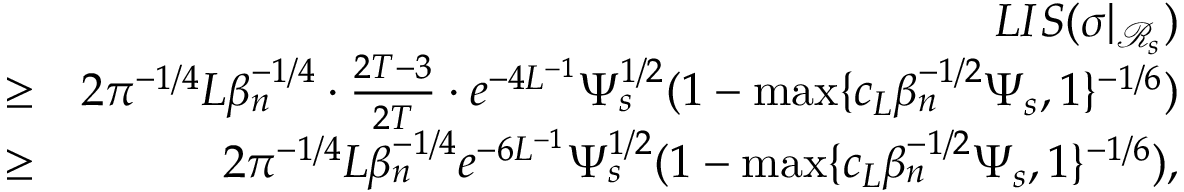
\begin{array} { r l r } & { } & { L I S ( \sigma | _ { \mathcal { R } _ { s } } ) } \\ & { \geq } & { 2 \pi ^ { - 1 \slash 4 } L \beta _ { n } ^ { - 1 \slash 4 } \cdot \frac { 2 T - 3 } { 2 T } \cdot e ^ { - 4 L ^ { - 1 } } \Psi _ { s } ^ { 1 \slash 2 } ( 1 - \operatorname* { m a x } \{ c _ { L } \beta _ { n } ^ { - 1 \slash 2 } \Psi _ { s } , 1 \} ^ { - 1 \slash 6 } ) } \\ & { \geq } & { 2 \pi ^ { - 1 \slash 4 } L \beta _ { n } ^ { - 1 \slash 4 } e ^ { - 6 L ^ { - 1 } } \Psi _ { s } ^ { 1 \slash 2 } ( 1 - \operatorname* { m a x } \{ c _ { L } \beta _ { n } ^ { - 1 \slash 2 } \Psi _ { s } , 1 \} ^ { - 1 \slash 6 } ) , } \end{array}